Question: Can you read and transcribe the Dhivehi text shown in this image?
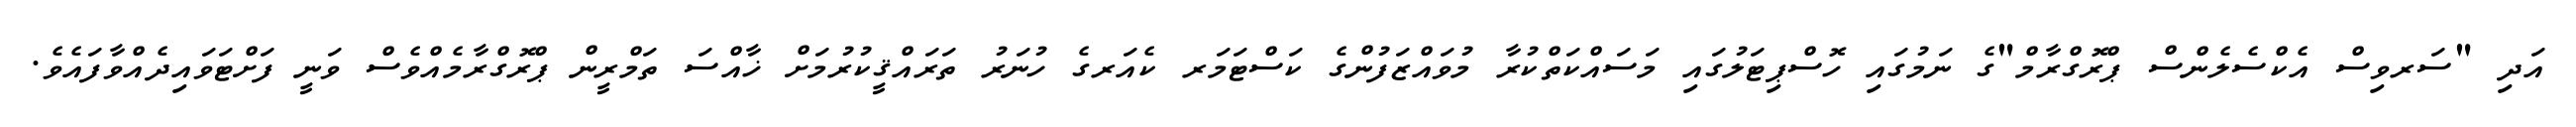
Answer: އަދި "ސަރވިސް އެކްސެލެންސް ޕްރޮގްރާމް"ގެ ނަމުގައި ހޮސްޕިޓަލުގައި މަސައްކަތްކުރާ މުވައްޒަފުންގެ ކަސްޓަމަރ ކެއަރގެ ހުނަރު ތަރައްޤީކުރުމަށް ޚާއްސަ ތަމްރީން ޕްރޮގްރާމެއްވެސް ވަނީ ފަށްޓަވައިދެއްވާފައެވެ.